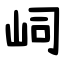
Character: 㟃